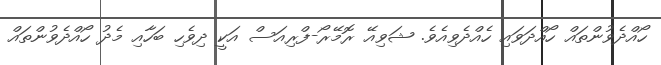
ހޯއްދެވުންތައް ހޯއްދަވައި ހެއްދެވިއެވެ. ޝަވިއޭ ރޮމޭރޯ-ފްރިއަސް އަކީ ދިވެހި ބަހާއި މެދު ހޯއްދެވުންތައް